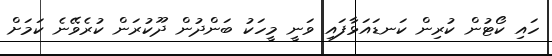
ހައި ކޯޓުން ކުރިން ކަނޑައަޅާފައި ވަނީ މީހަކު ބަންދުން ދޫކުރަން ކުރެވޭނެ ކަމަށް